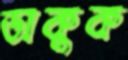
ডাকুক